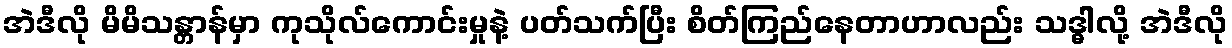
အဲဒီလို မိမိသန္တာန်မှာ ကုသိုလ်ကောင်းမှုနဲ့ ပတ်သက်ပြီး စိတ်ကြည်နေတာဟာလည်း သဒ္ဓါလို့ အဲဒီလို